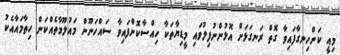
މިއީ ކަންހިނގާފައިވާ ގޮތް ރަނގަޅަށް އޮޅުންނުފިލުވައި މީޑިޔާތަކާ ހިއްސާކޮށްފައިވާ ސައްހަނޫން މައުލޫމާތެއްކަން ހިތާމައާއެކު